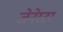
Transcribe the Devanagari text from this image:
जेनेरटर